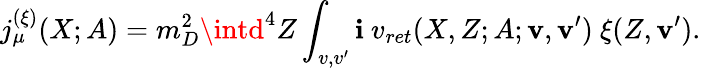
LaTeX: j_{\mu}^{(\xi)}(X;A)=m_{D}^{2}\intd^{4}Z\int_{v,v^{\prime}}\mathbf{i}\ v_{ret}(X,Z;A;{\mathbf{v}},{\mathbf{v}}^{\prime})\ \xi(Z,{\mathbf{v}}^{\prime}).